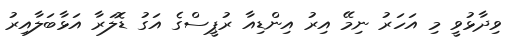
ވިދާޅުވީ މި އަހަރު ނިމޭ އިރު އިންޑިއާ ރުޕީސްގެ އަގު ޑޮލަރާ އަޅާބަލާއިރު